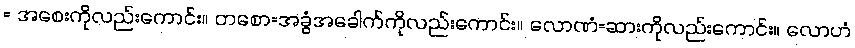
= အစေးကိုလည်းကောင်း။ တစော=အခွံအခေါက်ကိုလည်းကောင်း။ လောဏံ=ဆားကိုလည်းကောင်း။ လောဟံ